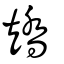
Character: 矯